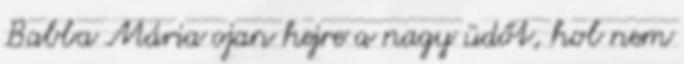
Babba Mária ojan hejre a nagy üdőt, hol nem